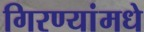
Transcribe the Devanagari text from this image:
गिरण्यांमधे